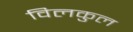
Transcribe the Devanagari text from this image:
विलकुल